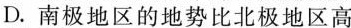
D.南极地区的地势比北极地区高